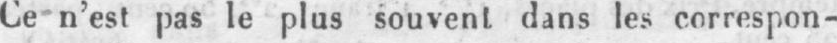
Ce n’est pas le plus souvent dans les correspon-